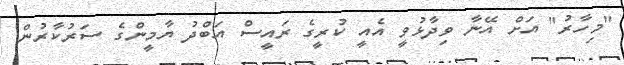
"މިހާރު" އަށް އޭނާ ވިދާޅުވީ އެއީ ކުރީގެ ރައީސް އަބްދު ޔާމީންގެ ސަރުކާރުން